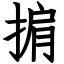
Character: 掮